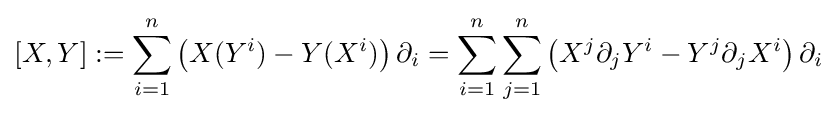
[X,Y]:=\sum _{i=1}^{n}\left(X(Y^{i})-Y(X^{i})\right)\partial _{i}=\sum _{i=1}^{n}\sum _{j=1}^{n}\left(X^{j}\partial _{j}Y^{i}-Y^{j}\partial _{j}X^{i}\right)\partial _{i}